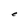
Character: e